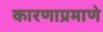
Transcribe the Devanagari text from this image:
कारणाप्रमाणे